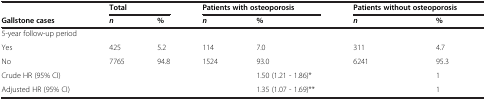
<table><thead><tr><td></td><td colspan="2"><b>Total</b></td><td colspan="2"><b>Patients with osteoporosis</b></td><td colspan="2"><b>Patients without osteoporosis</b></td></tr><tr><td><b>Gallstone cases</b></td><td><b><i>n</i></b></td><td><b>%</b></td><td><b><i>n</i></b></td><td><b>%</b></td><td><b><i>n</i></b></td><td><b>%</b></td></tr></thead><tbody><tr><td>5-year follow-up period</td><td></td><td></td><td></td><td></td><td></td><td></td></tr><tr><td>Yes</td><td>425</td><td>5.2</td><td>114</td><td>7.0</td><td>311</td><td>4.7</td></tr><tr><td>No</td><td>7765</td><td>94.8</td><td>1524</td><td>93.0</td><td>6241</td><td>95.3</td></tr><tr><td>Crude HR (95% CI)</td><td></td><td></td><td></td><td>1.50 (1.21 - 1.86)*</td><td></td><td>1</td></tr><tr><td>Adjusted HR (95% CI)</td><td></td><td></td><td></td><td>1.35 (1.07 - 1.69)**</td><td></td><td>1</td></tr></tbody></table>